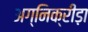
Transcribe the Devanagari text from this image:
अग्निक्रीड़ा